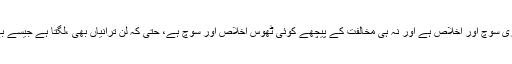
نہ تائید کے پیچھے گہری سوچ اور اخلاص ہے اور نہ ہی مخالفت کے پیچھے کوئی ٹھوس اخلاص اور سوچ ہے، حتیٰ کہ لن ترانیاں بھی ،لگتا ہے جیسے بے وقت کی راگنیاں ہیں۔